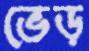
ভেড়